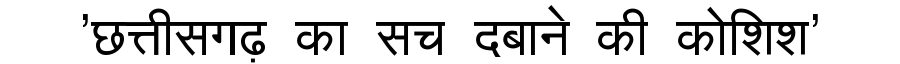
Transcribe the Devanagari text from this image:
'छत्तीसगढ़ का सच दबाने की कोशिश'